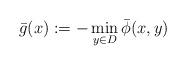
LaTeX: \begin{align*} \bar{g}(x):= - \min_{y\in D}\bar{\phi}(x, y)\end{align*}